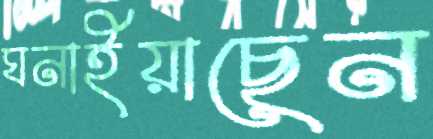
ঘনাইয়াছেন